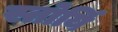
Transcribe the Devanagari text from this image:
स्तोर्यि